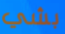
بشي